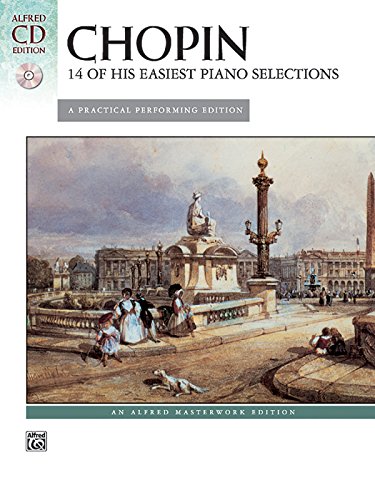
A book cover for Chopin -- 14 of His Easiest Piano Selections (Alfred Masterwork CD Edition); Chopin; Humor & Entertainment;